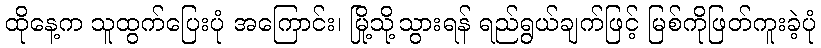
ထိုနေ့က သူထွက်ပြေးပုံ အကြောင်း၊ မြို့သို့သွားရန် ရည်ရွယ်ချက်ဖြင့် မြစ်ကိုဖြတ်ကူးခဲ့ပုံ